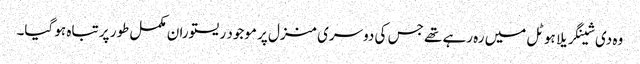
وہ دی شینگریلا ہوٹل میں رہ رہے تھے جس کی دوسری منزل پر موجود ریستوران مکمل طور پر تباہ ہو گیا۔